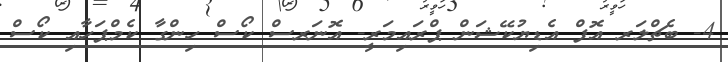
4- ބެޗްލަރ އޮފް އެޑިޔުކޭޝަން ޕްރައިމަރީ- އޮނަރސް ކޯސް ހިންގާ ކެމްޕަހާއި ކޯސް